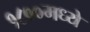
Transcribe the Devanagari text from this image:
१८००मध्ये